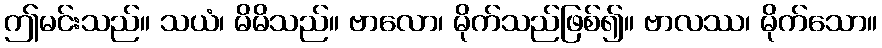
ဤမင်းသည်။ သယံ၊ မိမိသည်။ ဗာလော၊ မိုက်သည်ဖြစ်၍။ ဗာလဿ၊ မိုက်သော။